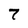
Character: 7